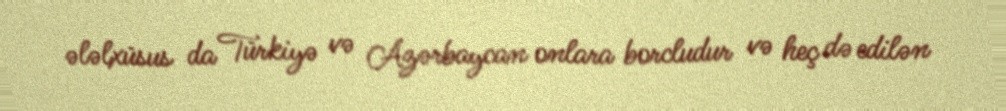
ələlxüsus da Türkiyə və Azərbaycan onlara borcludur və heç də edilən